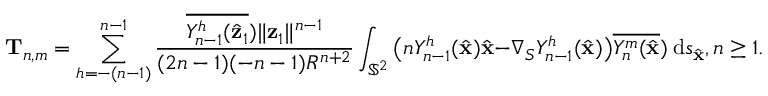
\mathbf T _ { n , m } = \sum _ { h = - ( n - 1 ) } ^ { n - 1 } \frac { \overline { { Y _ { n - 1 } ^ { h } ( \hat { \mathbf { z } } _ { 1 } } } ) \| \mathbf { z } _ { 1 } \| ^ { n - 1 } } { ( 2 n - 1 ) ( - n - 1 ) R ^ { n + 2 } } \int _ { \mathbb { S } ^ { 2 } } \big ( n Y _ { n - 1 } ^ { h } ( \hat { \mathbf { x } } ) \hat { \mathbf { x } } - \nabla _ { S } Y _ { n - 1 } ^ { h } ( \hat { \mathbf { x } } ) \big ) \overline { { Y _ { n } ^ { m } ( \hat { \mathbf { x } } } } ) ~ \mathrm { d } s _ { \hat { \mathbf { x } } } , n \geq 1 .